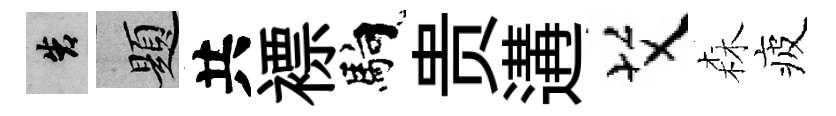
告題共褾馿贵遘艾森疲